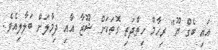
އައި ބެގް ޔޫ" ރިހާމް ހިތްދަތި ގޮތަކަށް ޝޫޒާ އާއި ދިމާލަށް ބަލާލިއެވެ.